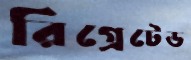
রিগ্রেটেড